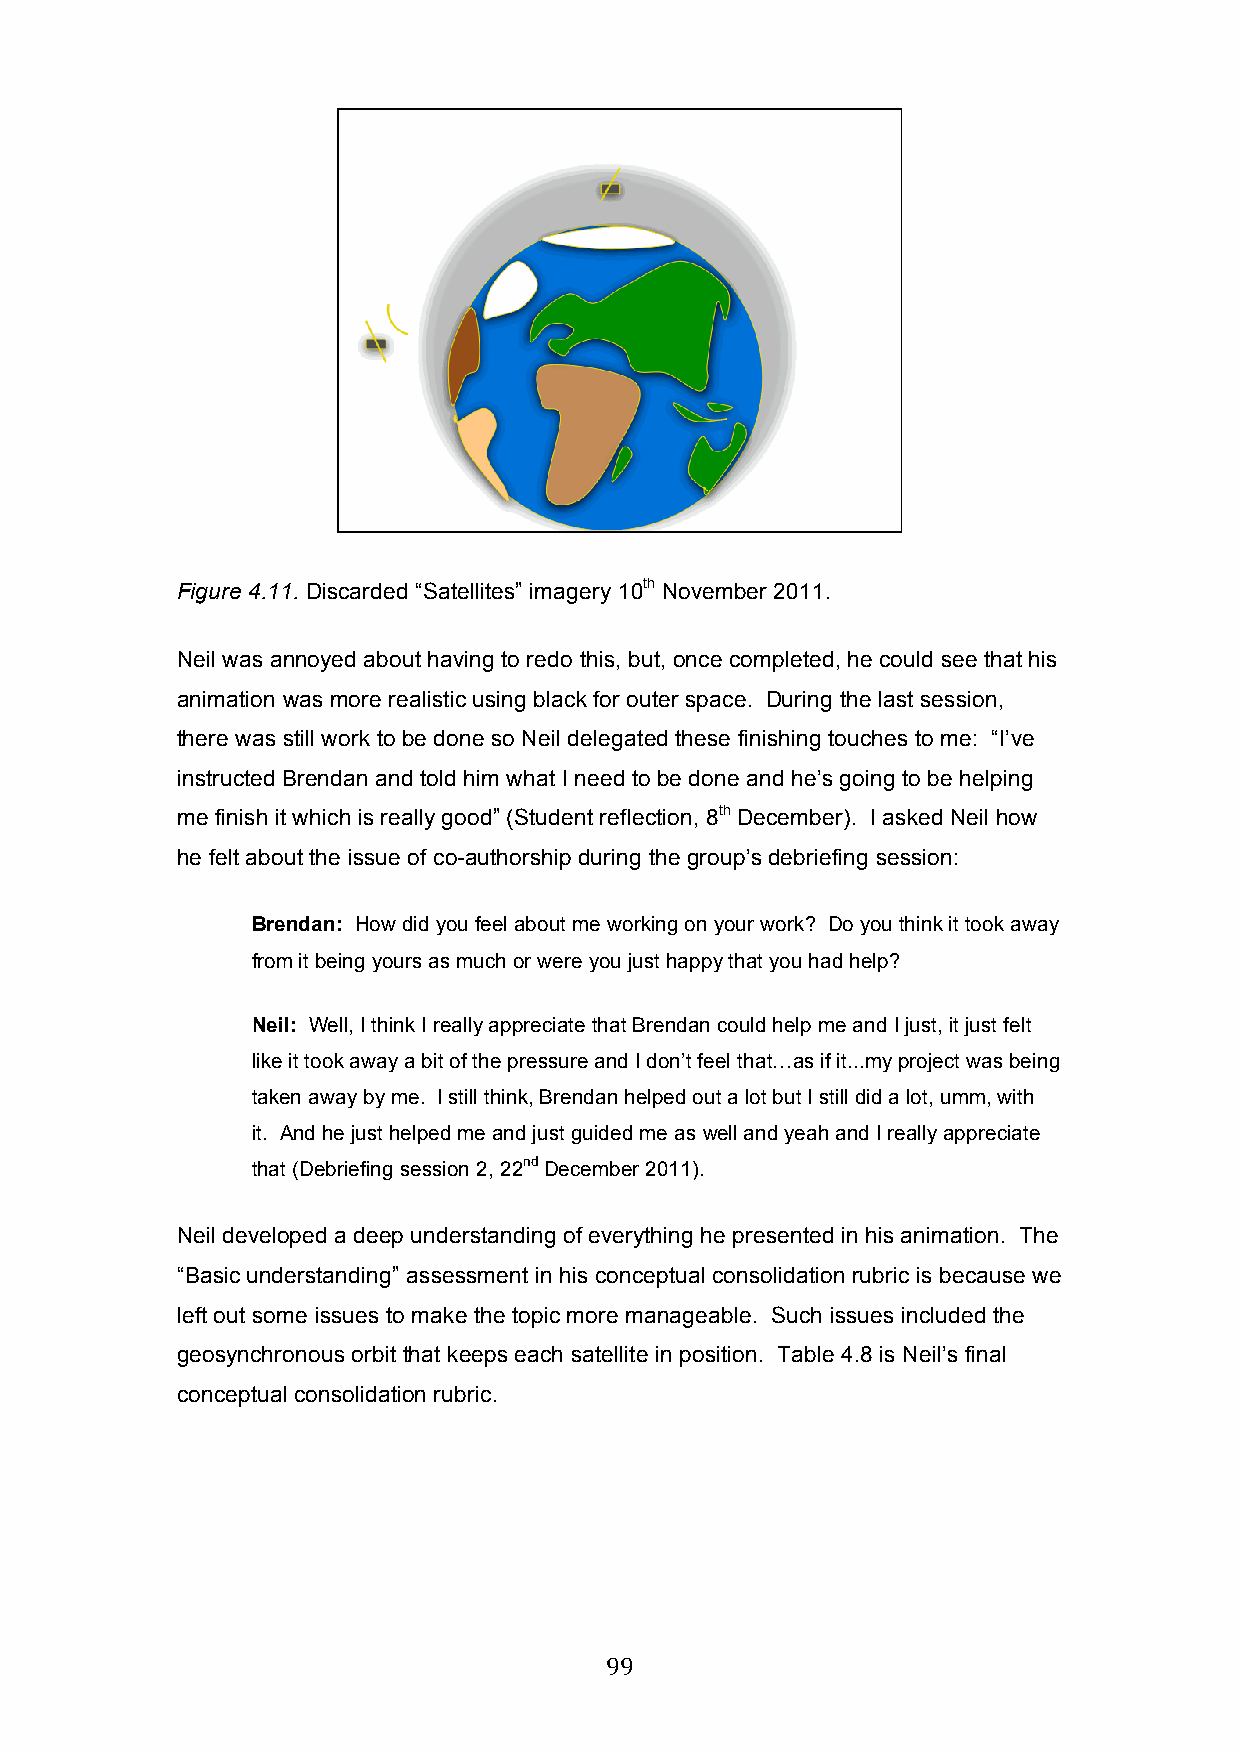
Figure 4.11. Discarded “Satellites” imagery 10th November 2011.
 Neil was annoyed about having to redo this, but, once completed, he could see that his
 animation was more realistic using black for outer space. During the last session,
 there was still work to be done so Neil delegated these finishing touches to me: “I’ve
 instructed Brendan and told him what I need to be done and he’s going to be helping
 me finish it which is really good” (Student reflection, 8th December). I asked Neil how
 he felt about the issue of co-authorship during the group’s debriefing session:
 Brendan: How did you feel about me working on your work? Do you think it took away
 from it being yours as much or were you just happy that you had help?
 Neil: Well, I think I really appreciate that Brendan could help me and I just, it just felt
 like it took away a bit of the pressure and I don’t feel that…as if it...my project was being
 taken away by me. I still think, Brendan helped out a lot but I still did a lot, umm, with
 it. And he just helped me and just guided me as well and yeah and I really appreciate
 that (Debriefing session 2, 22nd December 2011).
 Neil developed a deep understanding of everything he presented in his animation. The
 “Basic understanding” assessment in his conceptual consolidation rubric is because we
 left out some issues to make the topic more manageable. Such issues included the
 geosynchronous orbit that keeps each satellite in position. Table 4.8 is Neil’s final
 conceptual consolidation rubric.
 99